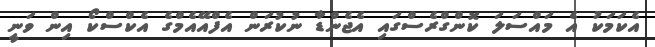
އެކަމަކު އެ މައްސަލަ ކޮންގްރެސްގައި އެޖެންޑާ ނުކުރަން އެފްއޭއެމްގެ އެކްސްކޯ އިން ވަނީ